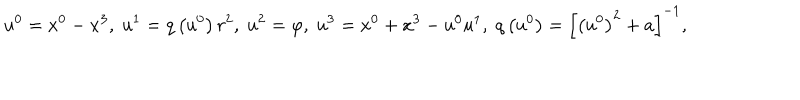
u ^ { 0 } = x ^ { 0 } - x ^ { 3 } , \; u ^ { 1 } = q \left( u ^ { 0 } \right) r ^ { 2 } , \; u ^ { 2 } = \varphi , \; u ^ { 3 } = x ^ { 0 } + x ^ { 3 } - u ^ { 0 } u ^ { 1 } , \; q \left( u ^ { 0 } \right) = \left[ \left( u ^ { 0 } \right) ^ { 2 } + a \right] ^ { - 1 } ,